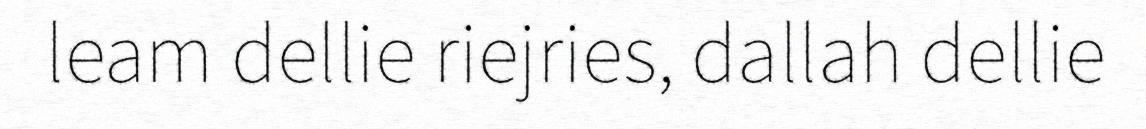
leam dellie riejries, dallah dellie